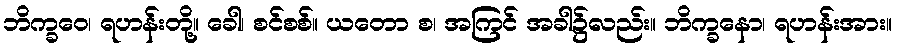
ဘိက္ခဝေ၊ ရဟန်းတို့။ ခေါ၊ စင်စစ်။ ယတော စ၊ အကြင် အခါ၌လည်း။ ဘိက္ခနော၊ ရဟန်းအား။